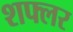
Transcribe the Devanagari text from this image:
शफ्लर